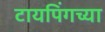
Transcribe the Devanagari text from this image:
टायपिंगच्या